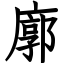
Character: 廓